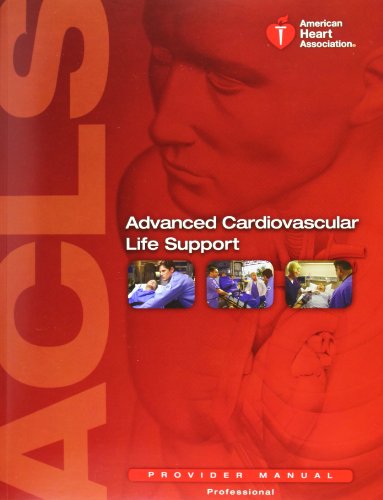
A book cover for Advanced Cardiovascular Life Support: Provider Manual; Test Preparation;